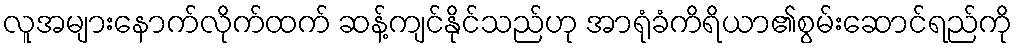
လူအများနောက်လိုက်ထက် ဆန့်ကျင်နိုင်သည်ဟု အာရုံခံကိရိယာ၏စွမ်းဆောင်ရည်ကို